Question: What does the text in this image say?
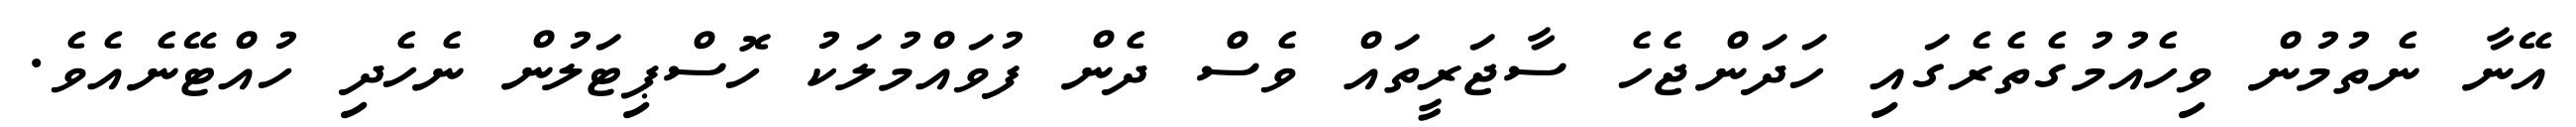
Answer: އޭނާ ނެތުމުން ވިހެއުމުގެތެރެގައި ހަދަންޖެހެ ސާޖަރީތައް ވެސް ދެން ފުވައްމުލަކު ހޮސްޕިޓަލުން ނެހެދި ހުއްޓޭނެއެވެ.